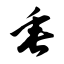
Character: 垂